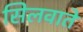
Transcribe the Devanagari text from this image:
सिलवाते